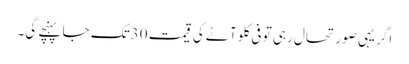
اگر یہی صورتحال رہی تو فی کلو آٹے کی قیمت 30تک جا پہنچے گی۔